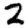
Digit: 2